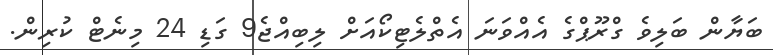
ބަޔާން ބަލިވެ ގްރޫޕްގެ އެއްވަނަ އެތްލެޓިކޯއަށް ލިބިއްޖެ9 ގަޑި 24 މިނެޓް ކުރިން.